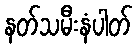
နတ်သမီးနံပါတ်